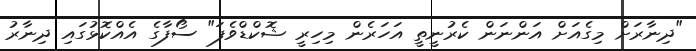
"ދިނާރަށް މިގެއަށް އަންނަން ކެރުނީތީ އަހަރެން މިހިރީ ޝޮކްޑްވެފަ" ސޯފާގެ އެއްކޮޅުގައި ދިނާރު